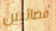
فضائيين